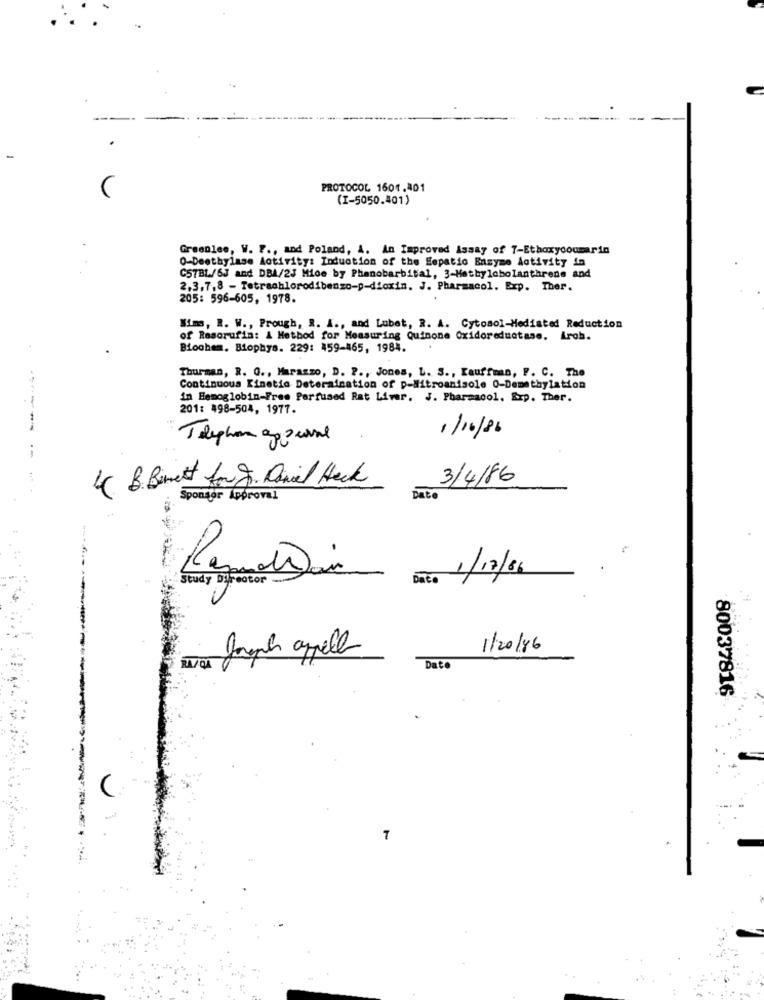
-
PROTOCOL 1601.401
(I-5050.401)
Greenlee, W. F ., and Poland, A. An Improved Assay of T-Ethoxycoumarin
O-Deethylase Activity: Induction of the Eepatio Basyme Activity in
C57BL/6J and DBA/2J Mide by Phenobarbital, 3-Methylcholanthrene and
2,3,7,8 - Tetrachlorodibenzo-p-dioxin. J. Pharmacol. Exp. Ther.
205: 596-605, 1978.
Wim, R. W ., Prough, R. I ., and Lubet, R. A. Cytosol-Mediated Reduction
of Resorufin: A Method for Measuring Quinone Oxidoreductase. Arch.
Biochem. Biophys. 229: 459-465, 1984.
Thurman, R. G ., Marazzo, D. P ., Jones, L. S ., Kauffman, P. C. The
Continuous Kinetic Determination of p-Nitroanisole 0-Demethylation
in Hemoglobin-Free Perfused Rat Liver. J. Pharmacol. Exp. Ther.
201: 498-504, 1977.
Telephon approval
1/10/86
--
4 B. Binett for gr. Daniel Heck
3/4/86
Sponsor Approval
Dato
1/17/86
Study Director
RamolDai
Dato
Japh appell
1/20/86
RAFQA
Date
80037816